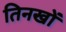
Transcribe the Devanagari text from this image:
तिनखों